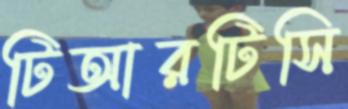
টিআরটিসি